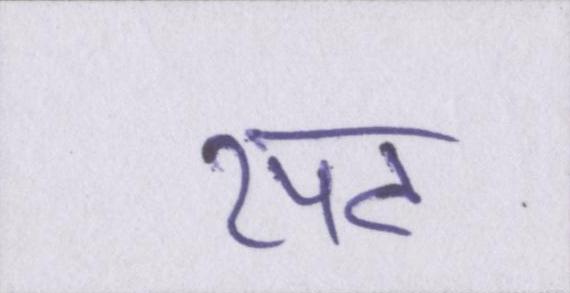
रपट